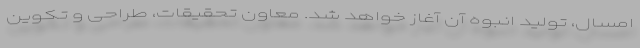
امسال، تولید انبوه آن آغاز خواهد شد. معاون تحقیقات، طراحی و تکوین